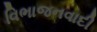
વિભાજનવાદી